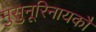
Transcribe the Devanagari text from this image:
मुसुनूरिनायकौ